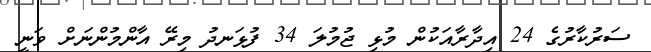
ސަރުކާރުގެ 24 އިދާރާއަކުން މުޅި ޖުމުލަ 34 ފުޅަނދު މިރޭ އާންމުންނަށް ވަނީ